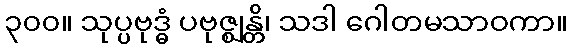
၃၀၀။ သုပ္ပဗုဒ္ဓံ ပဗုဇ္ဈန္တိ၊ သဒါ ဂေါတမသာဝကာ။